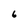
Character: 6